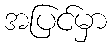
အပြင်မှာ